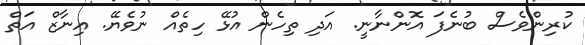
ކުރިންވެސް ބުނެފަ އޮންނާނީ. އަދި ތިހެން އުޅޭ ހިތެއް ނުވެޔޭ. އިނާޒް އަތް